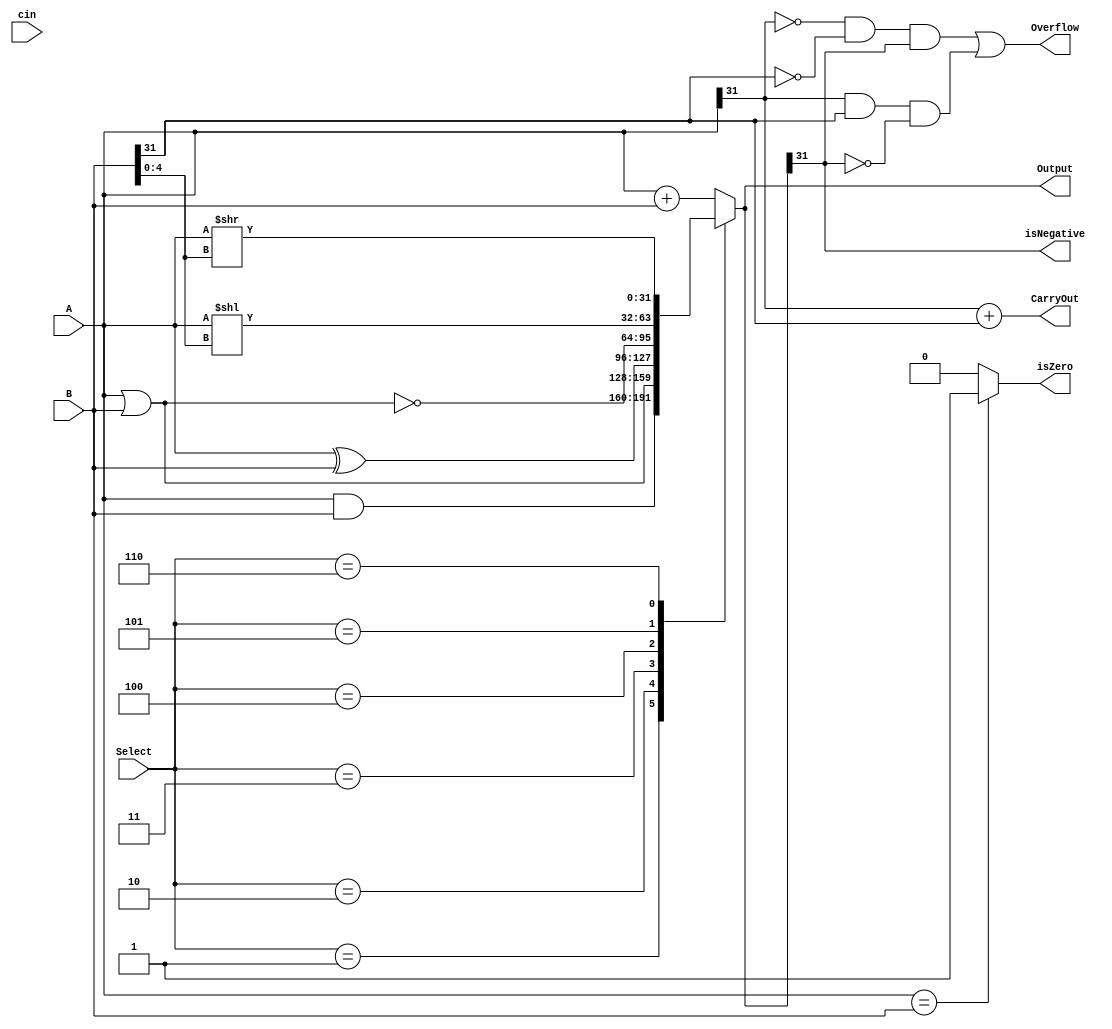
module ALU(A,B,cin,Select,Output,isNegative,isZero, Overflow, CarryOut);
	input [31:0] A,B;
	input [2:0] Select;
	input cin;
	output reg [31:0] Output;
	output wire CarryOut;
	output wire isNegative;
	output wire isZero;
	output wire Overflow;
	
	
	assign isZero = (A==B)? 1'b1: 1'b0;  //Z
	assign isNegative = Output[31]; //N
	assign Overflow = (~A[31]&~B[31]&Output[31])|(A[31]&B[31]&~Output[31]); //V
	assign CarryOut = A[31]+B[31]; 
	
	
	always @(*)
	begin
        case(Select)
        3'b000: // Addition
		  Output = A + B;
        3'b001: //  Logical and 
        Output = A & B;
        3'b010: //  Logical or
        Output = A | B;
        3'b011: //  Logical xor 
        Output = A ^ B;
        3'b100: //  Logical nor
        Output = ~(A | B);
		  3'b101: // Logical shift left
        Output = A << B[4:0];
        3'b110: // Logical shift right
        Output = A >> B[4:0];
        default: Output = A+B;
        endcase
    end
endmodule